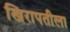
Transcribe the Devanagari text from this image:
खिरापतीला